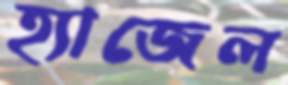
হ্যাজেল